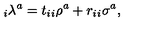
_ i \lambda ^ { a } = t _ { i } _ { i } \rho ^ { a } + r _ { i } _ { i } \sigma ^ { a } ,